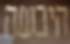
היבשה